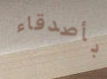
بأصدقاء